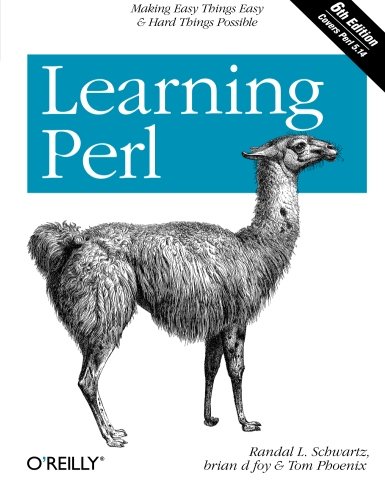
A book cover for Learning Perl; Randal L. Schwartz; Computers & Technology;